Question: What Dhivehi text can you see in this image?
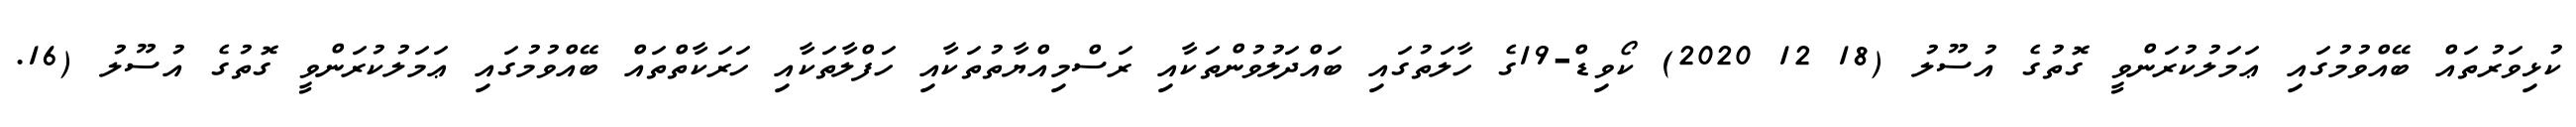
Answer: ކުޅިވަރުތައް ބޭއްވުމުގައި ޢަމަލުކުރަންވީ ގޮތުގެ އުސޫލު (18 12 2020) ކޯވިޑް-19ގެ ހާލަތުގައި ބައްދަލުވުންތަކާއި ރަސްމިއްޔާތުތަކާއި ހަފްލާތަކާއި ހަރަކާތްތައް ބޭއްވުމުގައި ޢަމަލުކުރަންވީ ގޮތުގެ އުސޫލު (16.